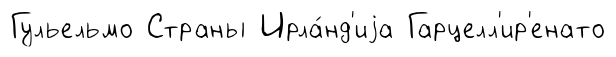
Гульельмо Страны Ирла́нд'иjа Гарцелл'ир'енато